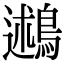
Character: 鶐